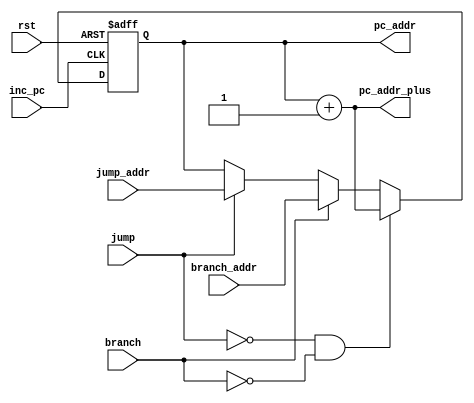
module pc(input rst, input inc_pc, input jump, input branch, input[31:0] jump_addr, input[31:0] branch_addr, output[31:0] pc_addr, output[31:0] pc_addr_plus);
   reg[31:0] pc_addr_r; //reg type of the output wire pc_addr

   assign pc_addr_plus=pc_addr+1'b1; //pc_addr_plus is always  pc_addr+1
   assign pc_addr=pc_addr_r; //connect the register output to wire pc_addr

   always @(posedge inc_pc or posedge rst)
       begin
          if(rst==1) //if reseting , initialize the pc_address to zero
            begin
              pc_addr_r<=32'h00000000;
            end
          else
            begin
              if(jump==1'b1)  //jump instruction, pc_addr_plus=pc_addr+1; and pc_addr=jump_addr;
                begin
                  pc_addr_r<=jump_addr; //update pc_addr with the jump target address
                end                        
              if(branch==1'b1)
                begin
                  pc_addr_r<=branch_addr;      //if a branch instruction is encountered, then update the pc_addr with the target branch_addr
                end
              if ((jump==1'b0)&&(branch==1'b0)) // if it is a normal instruction, e.g. nor jump neither branch
                begin
                  pc_addr_r<=pc_addr_plus;   //update pc_addr with its previouse value +1'b1
                end 
            end
       end
endmodule
//Mar. 3, 2019, Yang Zhao , EECS2021, YorkU